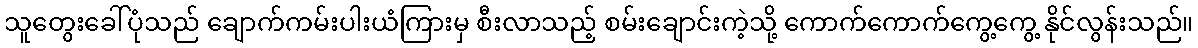
သူတွေးခေါ်ပုံသည် ချောက်ကမ်းပါးယံကြားမှ စီးလာသည့် စမ်းချောင်းကဲ့သို့ ကောက်ကောက်ကွေ့ကွေ့ နိုင်လွန်းသည်။